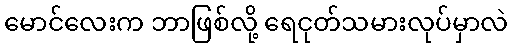
မောင်လေးက ဘာဖြစ်လို့ ရေငုတ်သမားလုပ်မှာလဲ